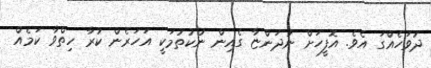
ދުވަހެއްގަ އެވެ. އޮފީހަށް ނުދަންޏާ ގެއިން ނުކުތުމަކީ އަހަރެން ކުރާ ހިތްވާ ކަމެއް